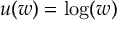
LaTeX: u ( w ) = \log ( w )